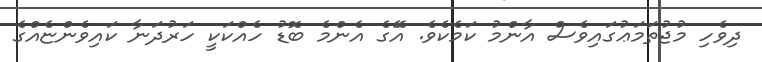
ދިވެހި މުޖުތަމަޢުގައިވެސް އާންމު ކަމެކެވެ. އަޭގެ އެންމެ ބޮޑު ހެއްކަކީ ހަރުދަނާ ކައިވެންޏެއްގެ